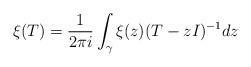
LaTeX: \begin{align*} \xi(T)=\frac{1}{2 \pi i}\int_{\gamma}\xi(z)(T-zI)^{-1}dz\end{align*}